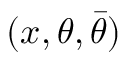
( x , \theta , { \bar { \theta } } )